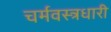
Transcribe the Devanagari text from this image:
चर्मवस्त्रधारी